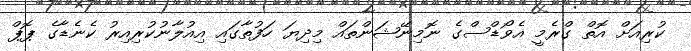
ކުރިއަށް އޮތް ގްރެމީ އެވޯޑްސްގެ ނޮމިނޭޝަންތައް މިދިޔަ ހަފުތާގައި އިއުލާނުކުރިއިރު ކެނެޑާގެ ޕޮޕް